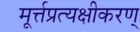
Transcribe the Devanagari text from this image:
मूर्त्तप्रत्यक्षीकरण्